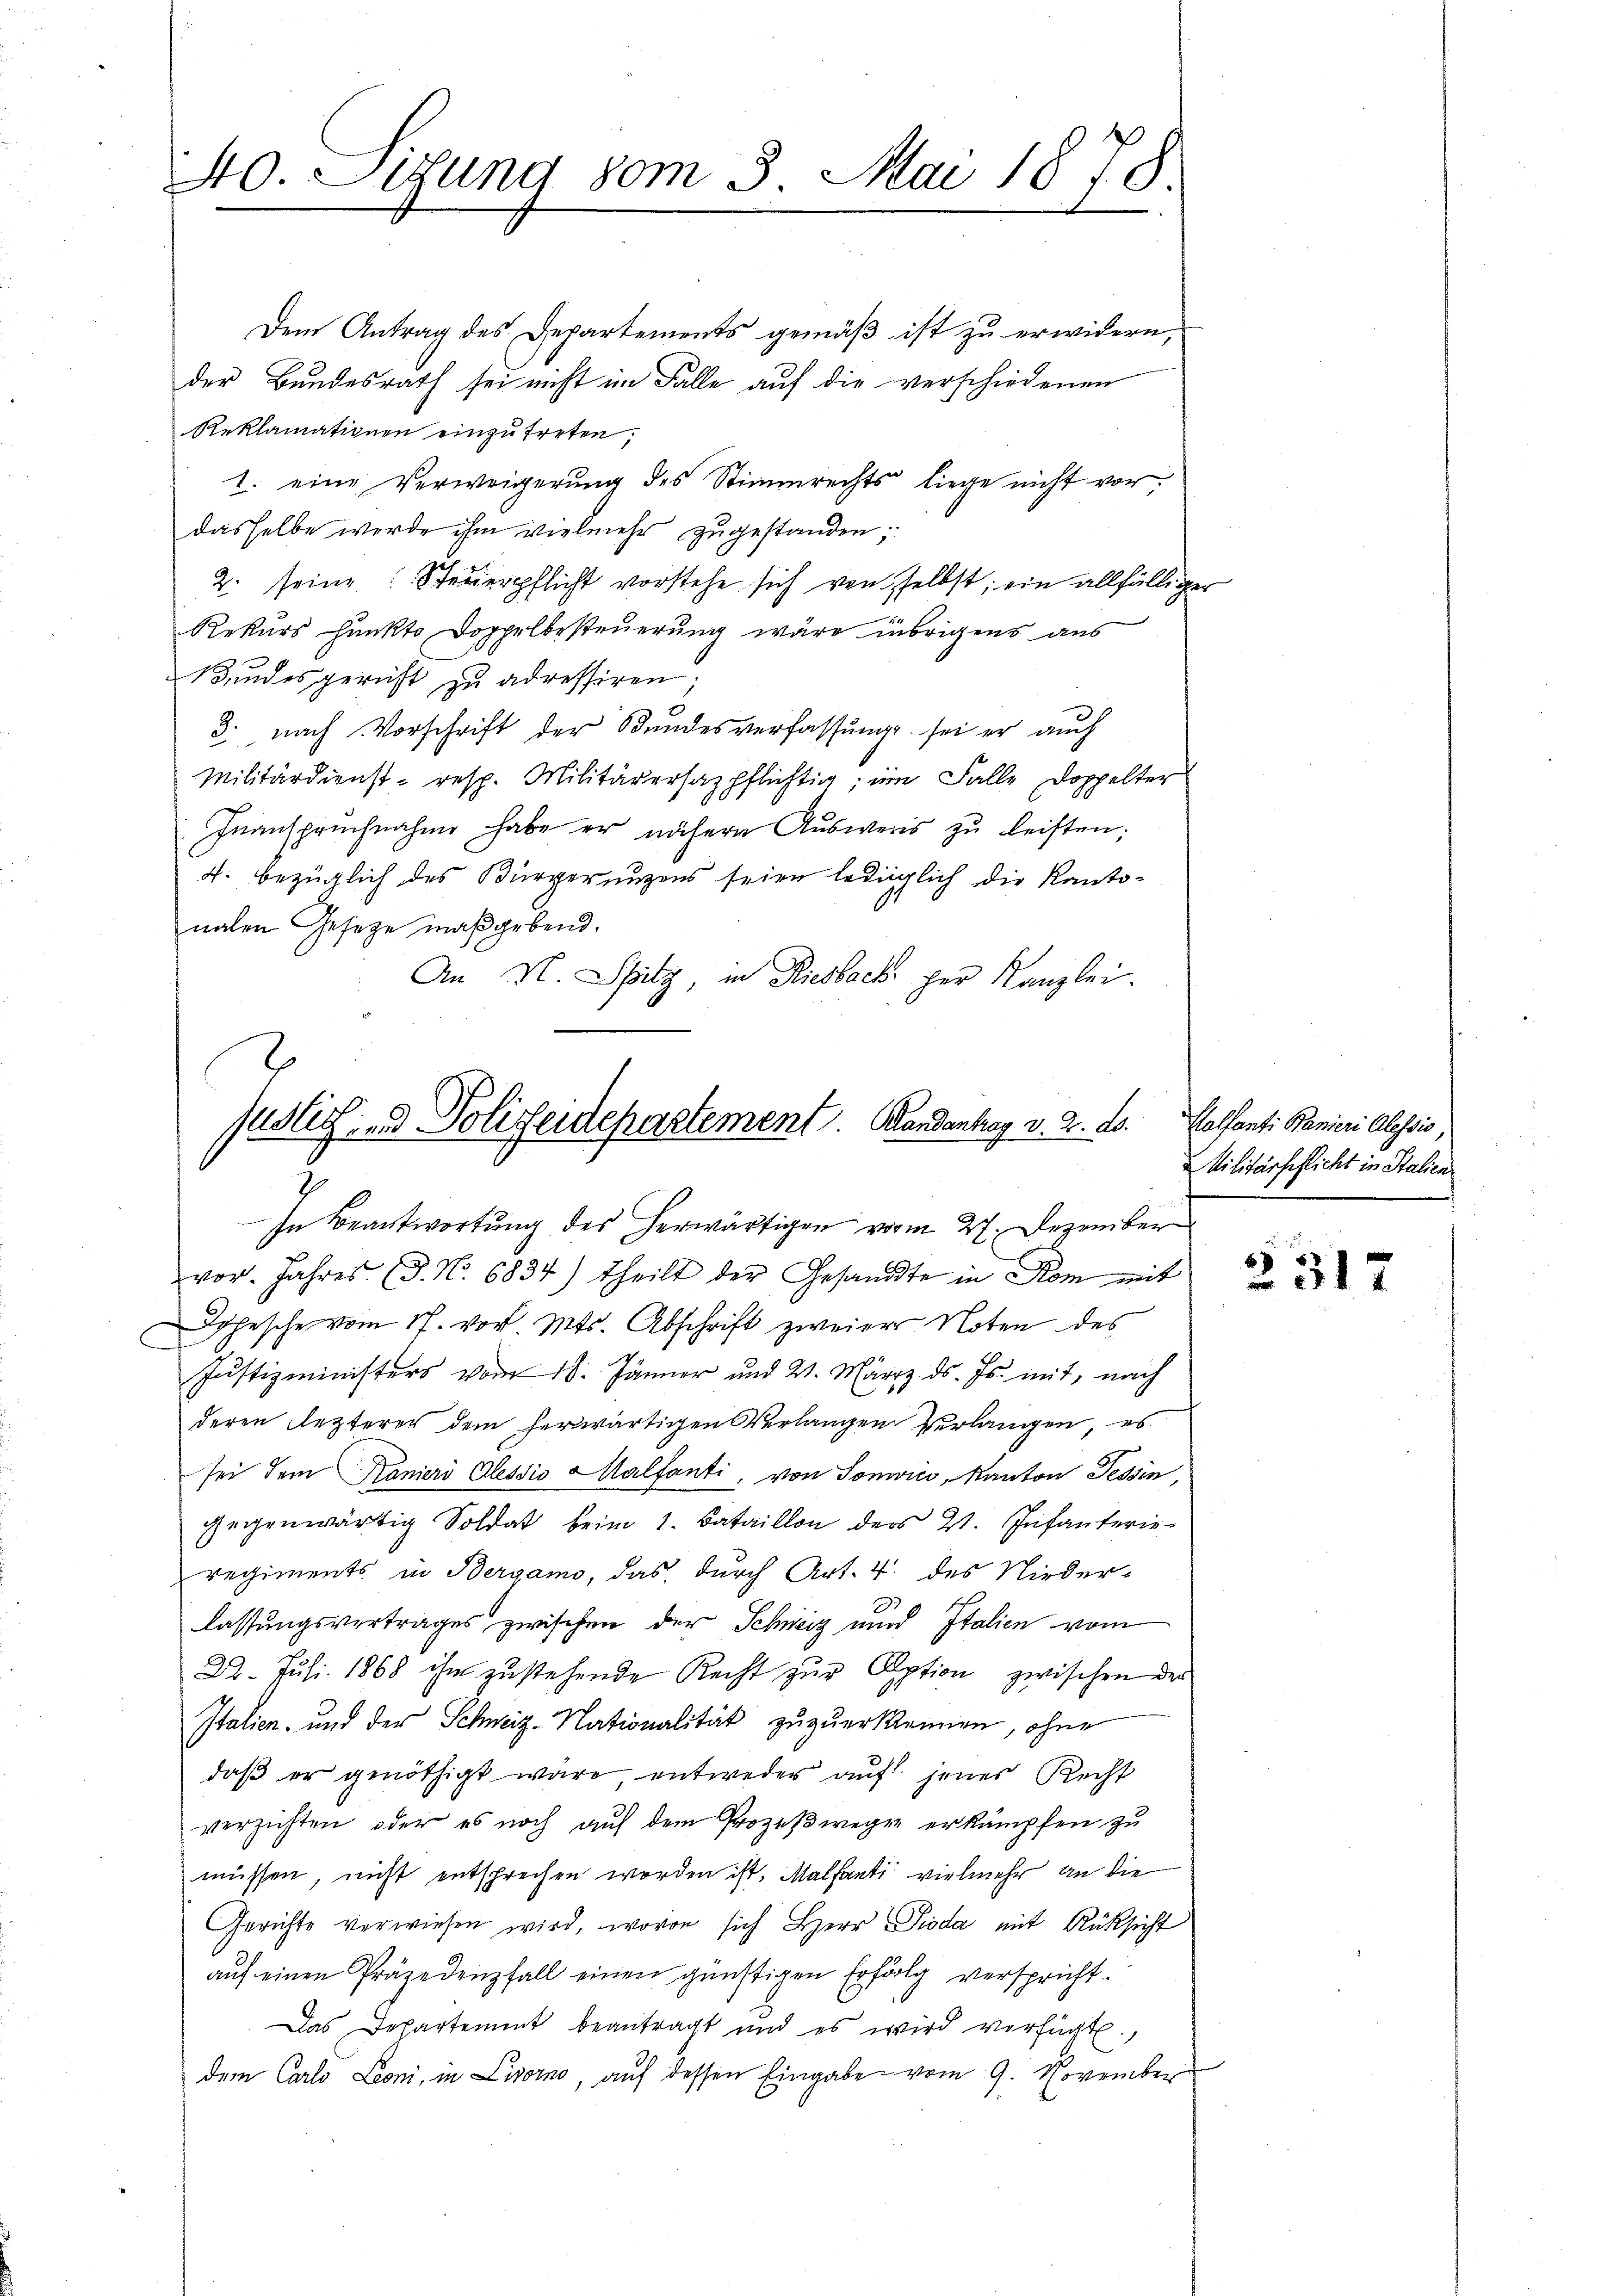
40. Sitzung vom 5. Mai 1878

Dem Antrag des Departements gemäß ist zu erwidern,
der Bundesrath sei nicht im Falle auf die verschiedenen
Reklamationen einzutreten,
1. eine Verweigerung des Stimmrechts liege nicht vor,
dasselbe werde ihm vielmehr zugestanden;
2. seine Steŭerpflicht vorstehe sich von selbst; ein allfälliger
Rekurs Punkte Doppelbesteuerung wäre übrigens aus
Bundesgericht zu adressiren;
3. nach Vorschrift der Bundesverfassung sei er auch
Militärdienst- resp. Militärerhazpflichtig; im Falle Doppelter
Inanspruchnahme habe er nähern Aŭsweis zŭ leisten;
4. bezüglich des Bürgerungens seien lediglich die Kantonalen Gesetze maßgebend.
An N. Spitz, in Riesback her Kanzlei.

Justiz- & Polizeidepartement. Handenhag v. 2. ds.
In Beantwortung des herwärtigen vom 27. Dezember

vor. Jahres (3. No. 6834) theilt der Gesandte in Rom mit
Depesche vom 17. vor. Mts. Abschrift zweier Noten des
Justizministers vom 18. Jänner und 2. März d. Js. mit, nach
deren lezterer dem herwärtigen Verlangen verlangen, es
sei dem Kaniers Alessio Malfanti, von Sonwici, Kanton Tessin,
gegenwärtig Soldat beim 1. Bataillon ders 2. Infanterieregiments in Bergamo, das durch Art. 4. des Nieder-
lassungsvertrages zwischen der Schweiz und Italien vom
22. Juli 1868 ihm zustehende Recht zur Option zwischen der
Italien- und der Schweiz. Nationalität zuzuerkennen, ohne
daβ er genöthigt wäre entweder aŭf jenes Recht
verzichten, oder es noch auf dem Prozeßwegen erkämpfen zu
müssen, nicht entsprechen worden ist. Malanti vielmehr an die
Gerichte verwiesen wird, wovon sich Herr Pioda mit Rücksicht
aŭf einen Präjedenfall einen günstigen Erfolg verspricht.
Das Departement beantragt und es wird verfügt,
dem Carlo Leoni, in Livorno, auf dessen Eingabe vom 9. November

Kolfanti Fanieri Alessio,
Militärschlicht in Stalien

ff x
217